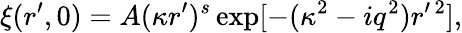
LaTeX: \xi(r^{\prime},0)=A(\kappa r^{\prime})^{s}\exp[-(\kappa^{2}-iq^{2})r^{\prime\, 2}],